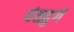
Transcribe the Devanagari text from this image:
दंतदुर्ग